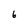
Character: 6